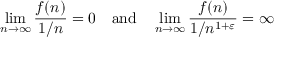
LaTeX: \operatorname* { l i m } _ { n \to \infty } { \frac { f ( n ) } { 1 / n } } = 0 \quad { \mathrm { a n d } } \quad \operatorname* { l i m } _ { n \to \infty } { \frac { f ( n ) } { 1 / n ^ { 1 + \varepsilon } } } = \infty